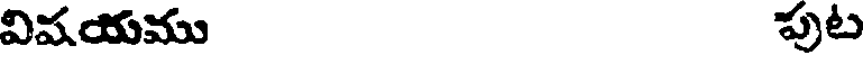
విషయము పుట